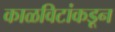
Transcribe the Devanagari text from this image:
काळविटांकडून